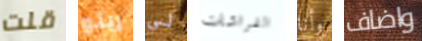
قلت رينو لي الفراشات وأنا واضاف